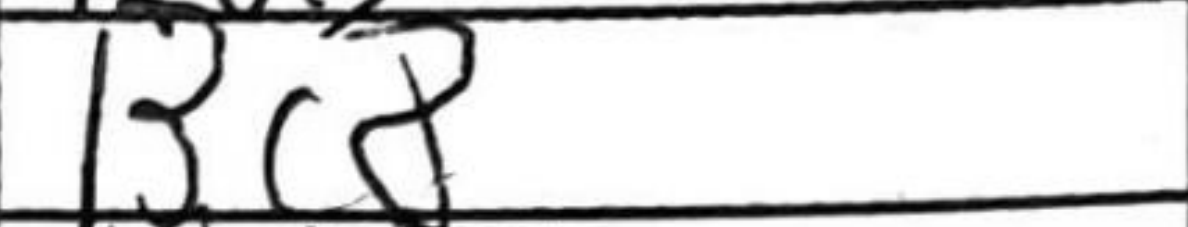
Transcription: Bc8